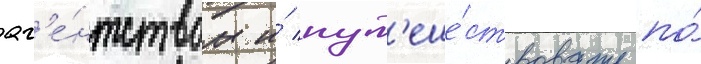
аг'е́нтством и́ пут'еше́ствовать по́